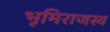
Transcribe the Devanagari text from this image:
भूमिराजस्व